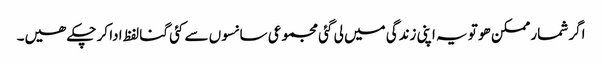
اگر شمار ممکن ھو تو یہ اپنی زندگی میں لی گئی مجموعی سانسوں سے کئی گنا لفظ ادا کر چکے ھیں۔